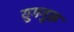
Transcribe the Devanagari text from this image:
युगगुरू